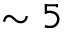
\sim 5